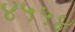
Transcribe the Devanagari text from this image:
४५५४